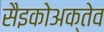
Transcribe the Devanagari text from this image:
सैइकोअक्तेव